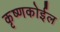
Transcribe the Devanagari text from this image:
कृष्णकोईल